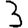
Digit: 3